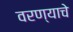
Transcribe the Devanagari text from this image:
वरण्याचे